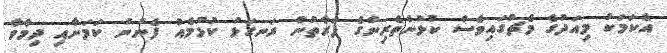
އެކަމަކު މިއަދުގެ މެޗުގައިވެސް ކުޅުންތެރިންގެ ފަރާތުން ރަނގަޅު ކުޅުމެއް ފެނުނު ކަމަށާއި ދިމާވާ